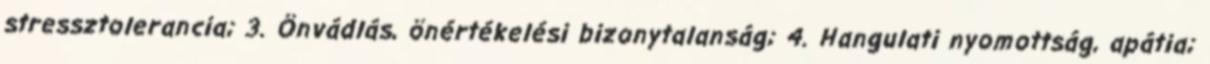
stressztolerancia; 3. Önvádlás, önértékelési bizonytalanság; 4. Hangulati nyomottság, apátia;